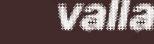
valla